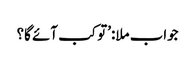
جواب ملا:’تو کب آئے گا؟